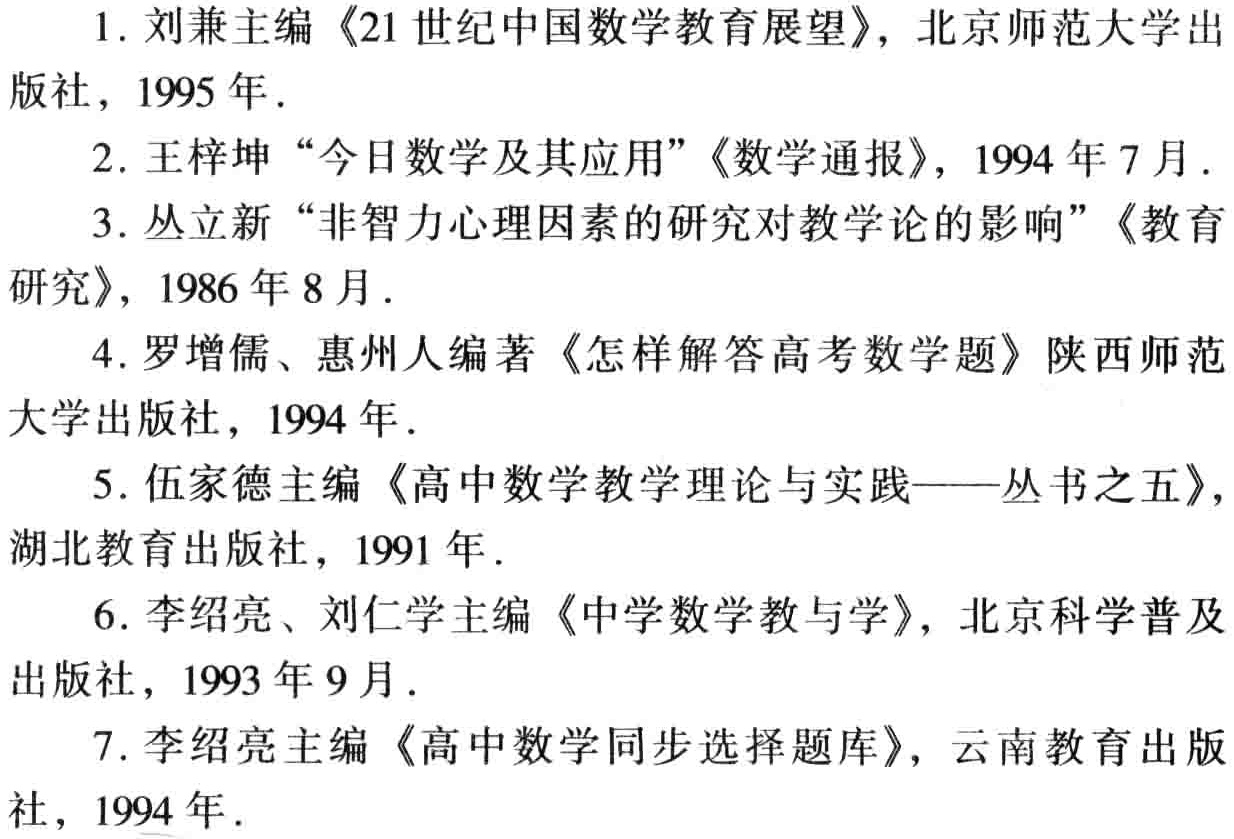
1. 刘兼主编《21世纪中国数学教育展望》，北京师范大学出版社，1995年.

2. 王梓坤 “今日数学及其应用”《数学通报》，1994年7月.

3. 丛立新 “非智力心理因素的研究对教学论的影响”《教育研究》，1986年8月.

4. 罗增儒、惠州人编著《怎样解答高考数学题》陕西师范大学出版社，1994年.

5. 伍家德主编《高中数学教学理论与实践——丛书之五》，湖北教育出版社，1991年.

6. 李绍亮、刘仁学主编《中学数学教与学》，北京科学普及出版社，1993年9月.

7. 李绍亮主编《高中数学同步选择题库》，云南教育出版社，1994年.